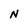
Character: N